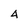
Character: 4